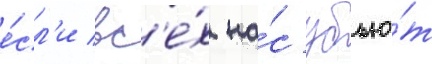
е́сл'и вс'е́х на́с убью́т